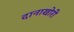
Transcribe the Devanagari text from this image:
दानाखोरी